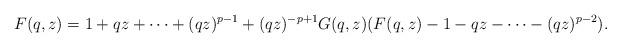
LaTeX: \begin{align*} F(q,z) =1+qz+\dots+ (qz)^{p-1}+(qz)^{-p+1}G(q,z)(F(q,z)-1-qz-\dots-(qz)^{p-2}). \end{align*}